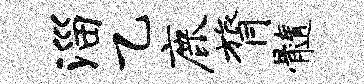
淄乙鹿膂髓